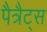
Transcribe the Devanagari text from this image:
पैत्रैट्स